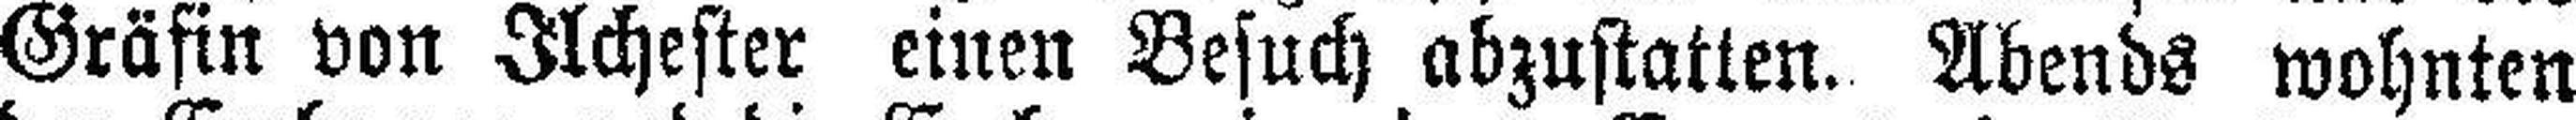
Gräfin von Ilchester einen Besuch abzustatten. Abends wohnten